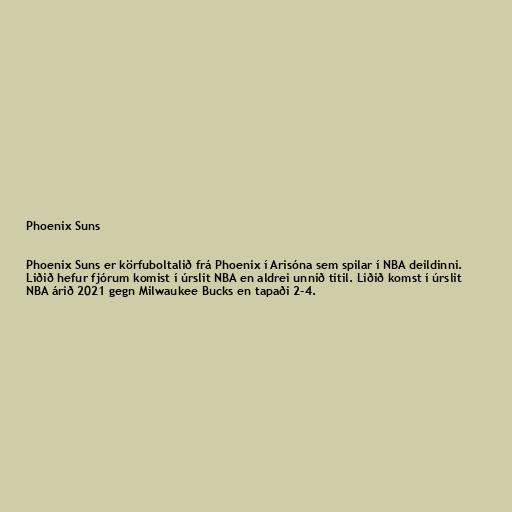
Phoenix Suns

Phoenix Suns er körfuboltalið frá Phoenix í Arisóna sem spilar í NBA deildinni.
Liðið hefur fjórum komist í úrslit NBA en aldrei unnið titil. Liðið komst í úrslit
NBA árið 2021 gegn Milwaukee Bucks en tapaði 2-4.